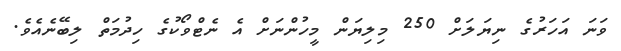
ވަނަ އަހަރުގެ ނިޔަލަށް 250 މިލިޔަން މީހުންނަށް އެ ނެޓްވޯކުގެ ހިދުމަތް ލިބޭނެއެވެ.